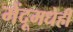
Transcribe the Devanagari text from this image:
मेंदूमधेही